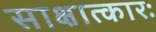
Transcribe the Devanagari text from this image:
साक्षात्कारः